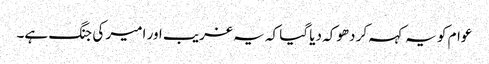
عوام کو یہ کہہ کر دھوکہ دیا گیا کہ یہ غریب اور امیر کی جنگ ہے۔